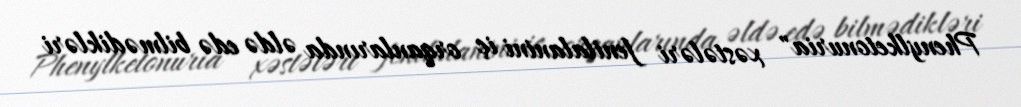
Phenylketonuria" xəstələri fenilalanini iç orqanlarında əldə edə bilmədikləri